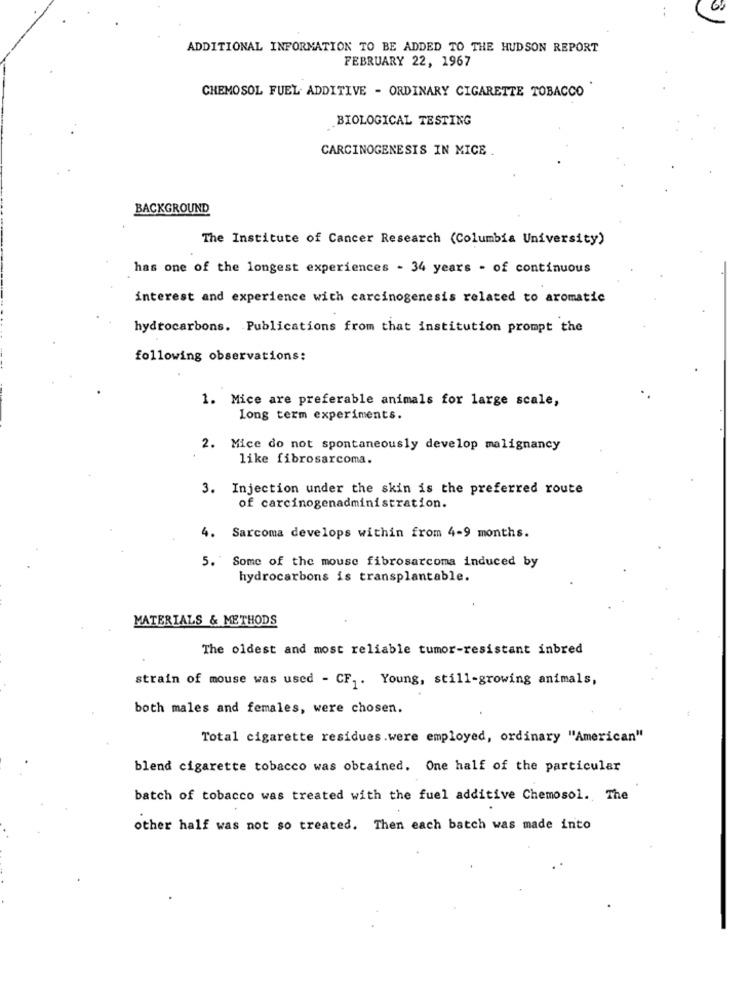
ADDITIONAL INFORMATION TO BE ADDED TO THE HUDSON REPORT
FEBRUARY 22, 1967
CHEMOSOL FUEL ADDITIVE - ORDINARY CIGARETTE TOBACCO
BIOLOGICAL TESTING
CARCINOGENESIS IN MICE .
BACKGROUND
The Institute of Cancer Research (Columbia University)
has one of the longest experiences - 34 years - of continuous
interest and experience with carcinogenesis related to aromatic
hydrocarbons. Publications from that institution prompt the
following observations:
1. Mice are preferable animals for large scale,
Long term experiments.
2.
Mice do not spontaneously develop malignancy
like fibrosarcoma.
3. Injection under the skin is the preferred route
of carcinogenadministration.
4. Sarcoma develops within from 4-9 months.
5. Some of the mouse fibrosarcoma induced by
hydrocarbons is transplantable.
MATERIALS & METHODS
The oldest and most reliable tumor-resistant inbred
strain of mouse was used - CF ,. Young, still-growing animals,
both males and females, were chosen.
Total cigarette residues.were employed, ordinary "American"
blend cigarette tobacco was obtained. One half of the particular
batch of tobacco was treated with the fuel additive Chemosol. The
other half was not so treated. Then each batch was made into